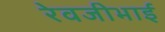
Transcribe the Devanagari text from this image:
रेवजीभाई